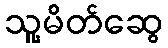
သူ့မိတ်ဆွေ